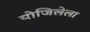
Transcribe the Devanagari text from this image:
योजिलेला